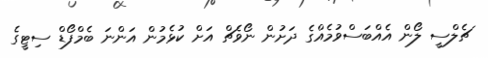
ޗެލްސީ ލޯން އެއްބަސްވުމެއްގެ ދަށުން ނޯވެޗް އަށް ކުޅެމުން އަންނަ ބެމްފޯޑް ސިޓީގެ